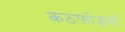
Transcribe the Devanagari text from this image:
कठफोड़वों